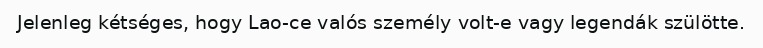
Jelenleg kétséges, hogy Lao-ce valós személy volt-e vagy legendák szülötte.